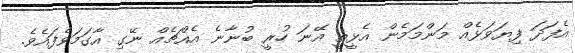
އެފަދަ ފިޔަވަޅެއް މަންމަމެން އެޅީތީ އޭނަ ހުރީ ބުނާނެ އެއްޗެއް ނޭގި އާގަމަވެފައެވެ.